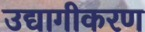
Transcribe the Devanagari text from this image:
उद्यागीकरण